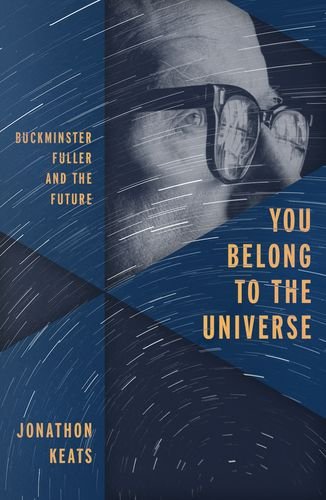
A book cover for You Belong to the Universe: Buckminster Fuller and the Future; Jonathon Keats; Arts & Photography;